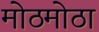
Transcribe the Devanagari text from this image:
मोठमोठा